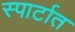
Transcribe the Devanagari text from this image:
स्पार्टात